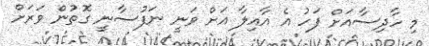
މި ހާދިސާއަށް ފަހު އެ އާއިލާ އަށް ވަނީ ނަފުސާނީ ގޮތުން ވަރަށް